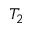
T _ { 2 }